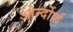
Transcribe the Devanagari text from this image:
ओर्न्दोर्फ़